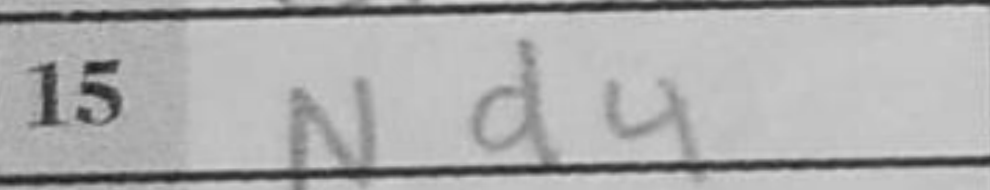
Transcription: Nd4